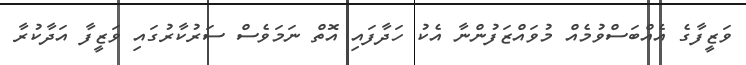
ވަޒީފާގެ އެއްބަސްވުމެއް މުވައްޒަފުންނާ އެކު ހަދާފައި އޮތް ނަމަވެސް ސަރުކާރުގައި ވަޒީފާ އަދާކުރާ